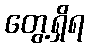
တွေ့ရှိရ